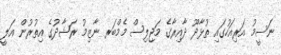
ނަސީމު އަރިއަހުގައި ތުޅާދޫ ދާއިރާގެ މަޖިލިސް މެމްބަރ ނާޒިމު ރަޝާދުގެ އިތުރުން އަލީ